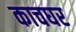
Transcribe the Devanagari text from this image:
काचघर